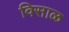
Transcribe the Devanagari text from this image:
विसाळ